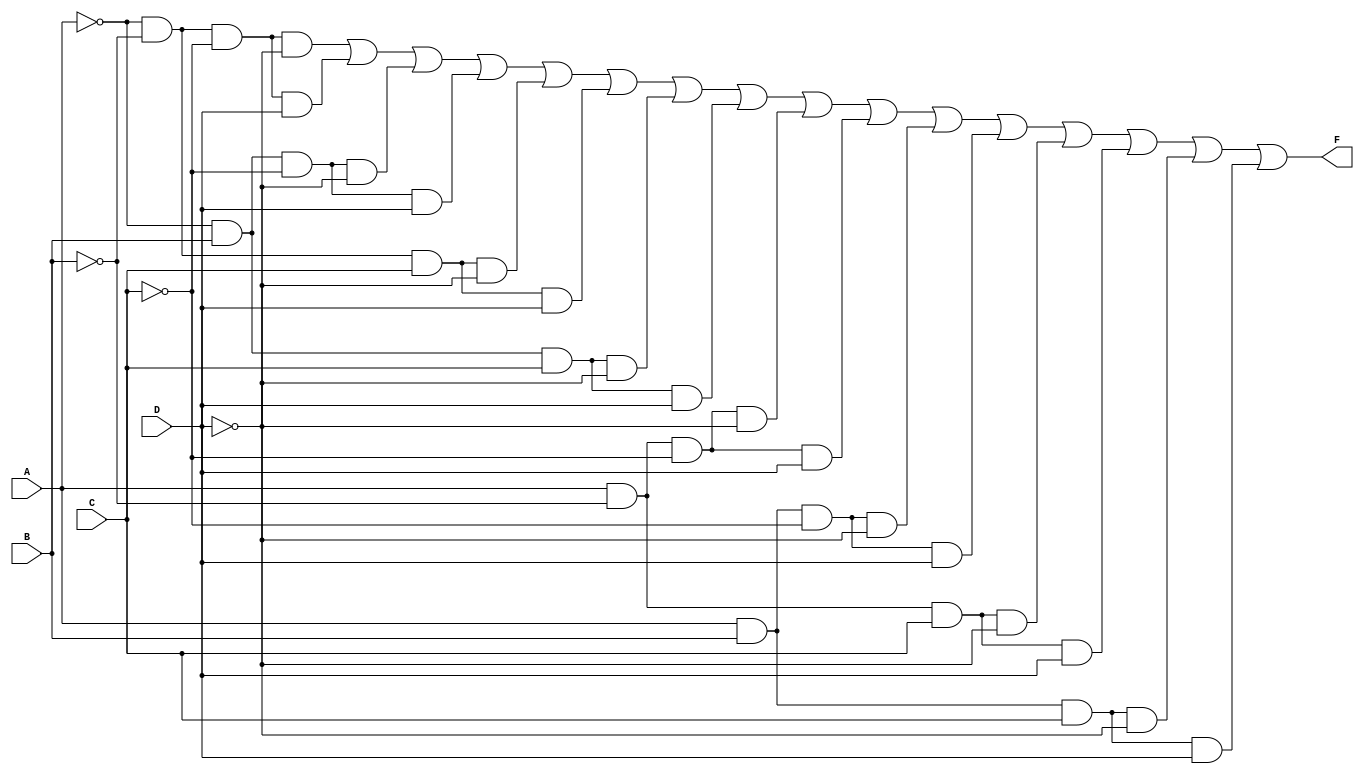
module KMap4Variable (
    input wire A,  // Input variable A
    input wire B,  // Input variable B
    input wire C,  // Input variable C
    input wire D,  // Input variable D
    output wire F  // Output Boolean function
);

// Internal wires for the minterms
wire m0, m1, m2, m3, m4, m5, m6, m7;
wire m8, m9, m10, m11, m12, m13, m14, m15;

// Define the minterms based on input variables
assign m0 = ~A & ~B & ~C & ~D; // m0
assign m1 = ~A & ~B & ~C & D;  // m1
assign m2 = ~A & B & ~C & ~D;  // m2
assign m3 = ~A & B & ~C & D;   // m3
assign m4 = ~A & ~B & C & ~D;  // m4
assign m5 = ~A & ~B & C & D;   // m5
assign m6 = ~A & B & C & ~D;   // m6
assign m7 = ~A & B & C & D;    // m7
assign m8 = A & ~B & ~C & ~D;   // m8
assign m9 = A & ~B & ~C & D;    // m9
assign m10 = A & B & ~C & ~D;   // m10
assign m11 = A & B & ~C & D;    // m11
assign m12 = A & ~B & C & ~D;   // m12
assign m13 = A & ~B & C & D;    // m13
assign m14 = A & B & C & ~D;    // m14
assign m15 = A & B & C & D;     // m15

// K-map grouping based on the grouping rules.
// The output F will be true for the grouped minterms.
assign F = (m0 | m1 | m2 | m3 |  // Group 1
            m4 | m5 | m6 | m7 |  // Group 2
            m8 | m9 | m10 | m11 | // Group 3
            m12 | m13 | m14 | m15); // Group 4

endmodule